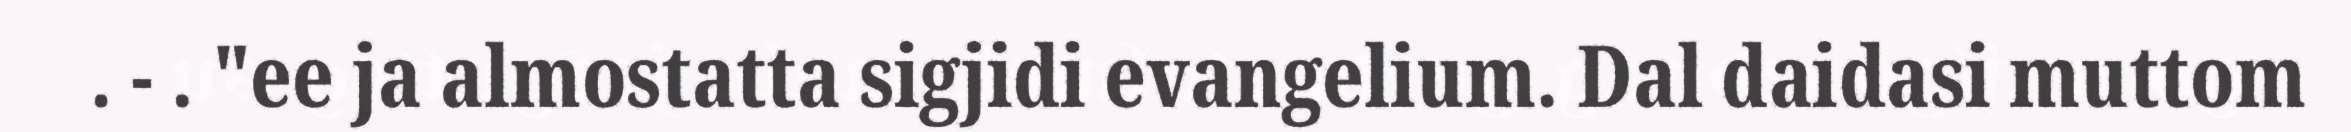
. - . "ee ja almostatta sigjidi evangelium. Dal daidasi muttom